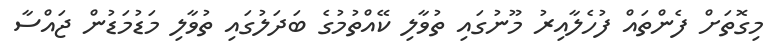
މިގޮތަށް ފެންތައް ފުހެލާއިރު މޫނުގައި ތުވާލި ކޭއްތުމުގެ ބަދަލުގައި ތުވާލި މަޑުމަޑުން ޖައްސާ